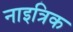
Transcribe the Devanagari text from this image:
नाइत्रिक